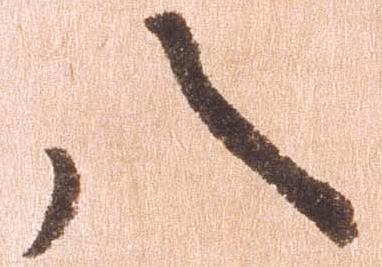
八